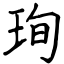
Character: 珣